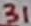
Text: 31